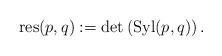
LaTeX: \begin{align*}\mathrm{res}(p,q) := \mathrm{det} \left( \mathrm{Syl}(p,q) \right).\end{align*}